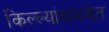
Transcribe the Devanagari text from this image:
किल्ल्यांसमवेत